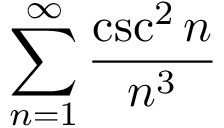
\displaystyle \sum _ { n = 1 } ^ { \infty } { \frac { \csc ^ { 2 } n } { n ^ { 3 } } }